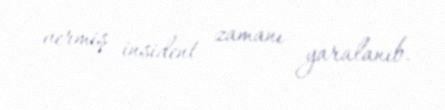
vermiş insident zamanı yaralanıb.